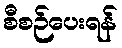
စီစဉ်ပေးရန်